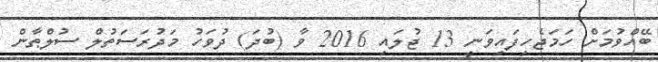
ބޭއްވުމަށް ހަމަޖެހިފައިވަނީ 13 ޖުލައި 2016 ވާ (ބުދަ) ދުވަހު މަދުރަސަތުލް ސުލްޠާން